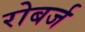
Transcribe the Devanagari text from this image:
रोबर्ज